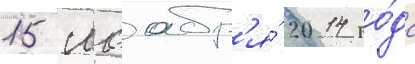
15 ноабр'я́ 2014 го́да